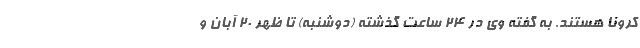
کرونا هستند. به گفته وی در ۲۴ ساعت گذشته (دوشنبه) تا ظهر ۲۰ آبان و